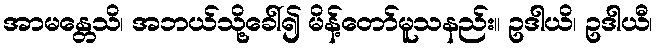
အာမန္တေသိ၊ အဘယ်သို့ခေါ်၍ မိန့်တော်မူသနည်း။ ဥဒါယိ၊ ဥဒါယီ၊